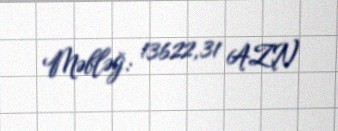
Məbləğ: 13622,31 AZN